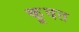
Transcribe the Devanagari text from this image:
कू़वत